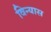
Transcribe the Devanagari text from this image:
विन्‍यास